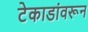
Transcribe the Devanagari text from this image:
टेकाडांवरून